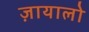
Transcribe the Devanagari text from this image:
ज़ायालो